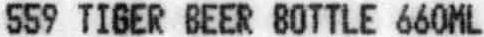
559 TIGER BEER BOTTLE 660ML